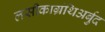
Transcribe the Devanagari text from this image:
लसीकाग्रंथिअर्बुद